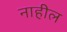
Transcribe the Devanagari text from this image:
नाहील